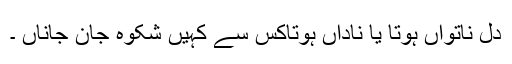
دل ناتواں ہوتا یا ناداں ہوتاکس سے کہیں شکوہ جان جاناں ۔